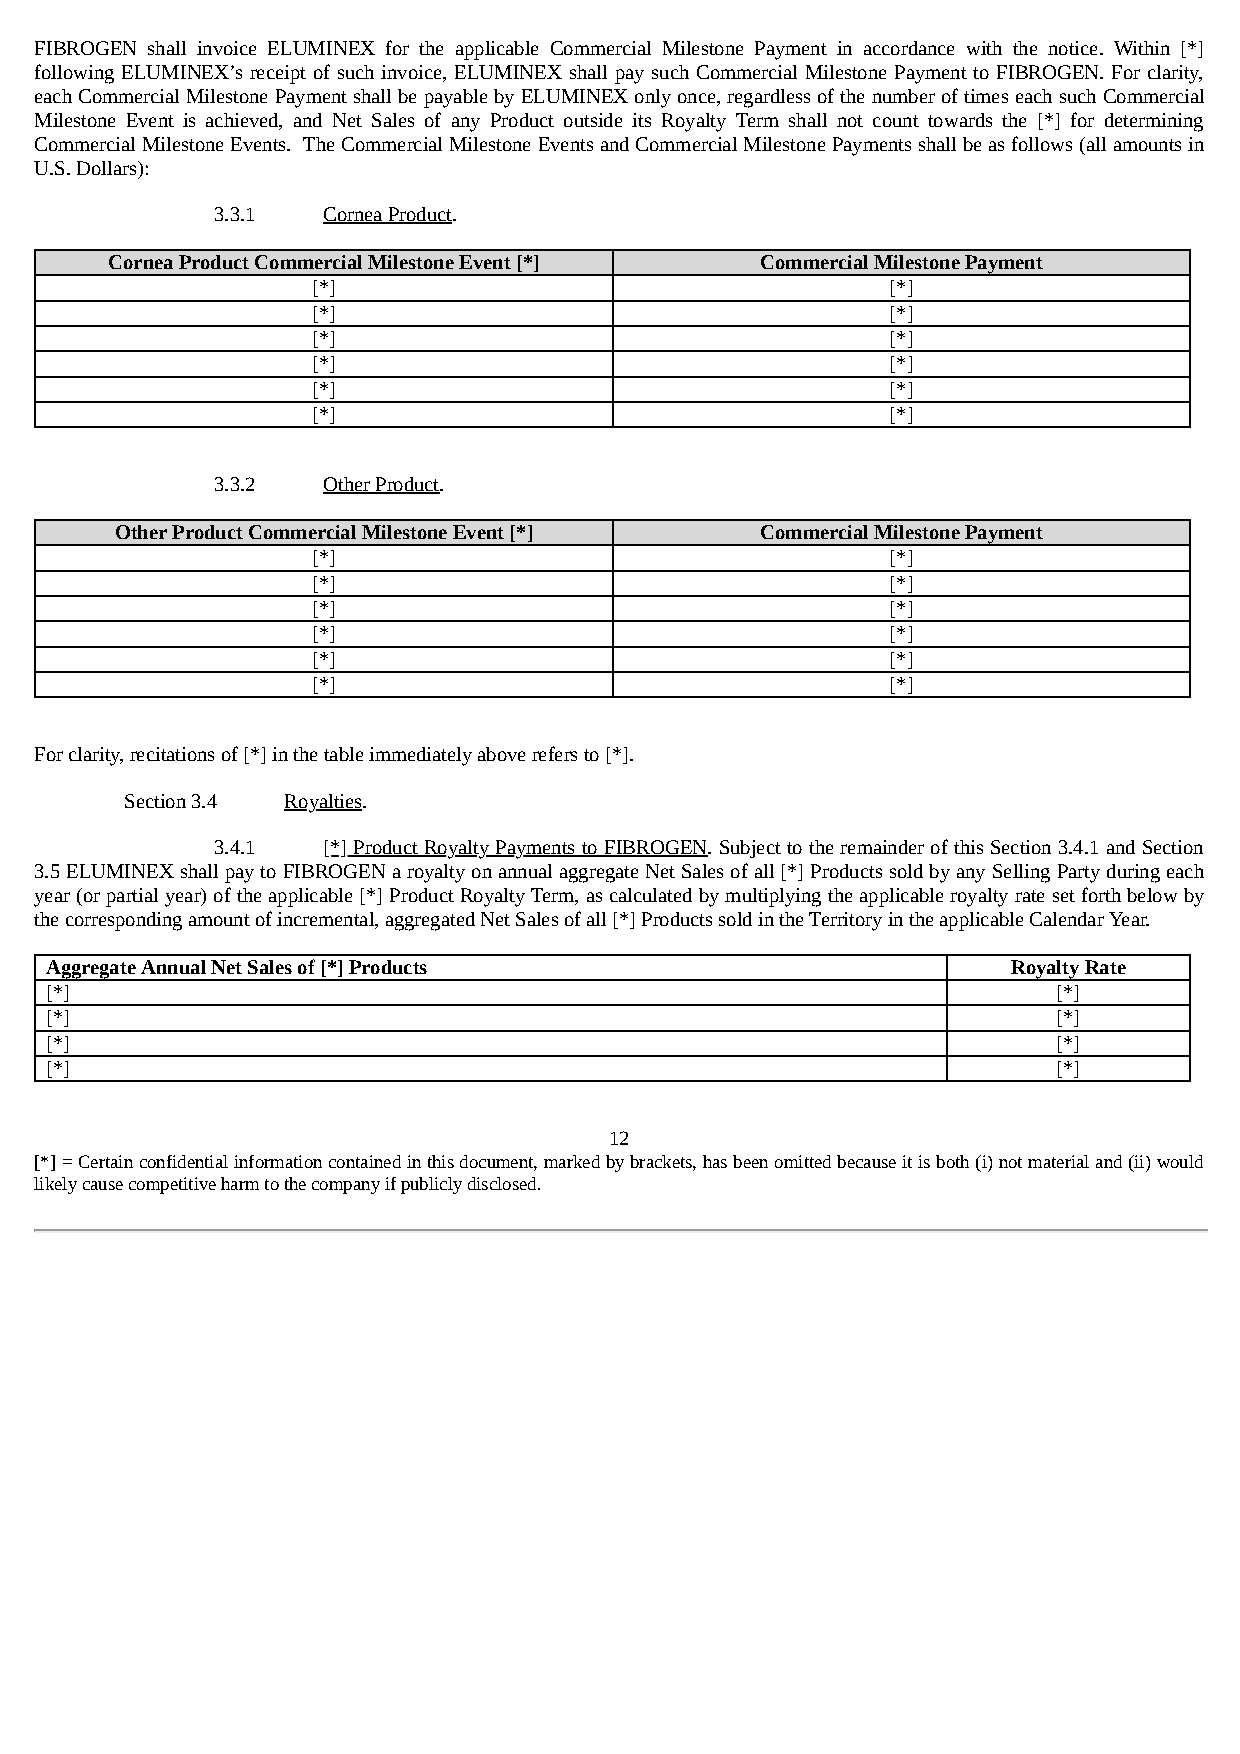
FIBROGEN shall invoice ELUMINEX for the applicable Commercial Milestone Payment in accordance with the notice. Within [*]
 following ELUMINEX’s receipt of such invoice, ELUMINEX shall pay such Commercial Milestone Payment to FIBROGEN. For clarity,
 each Commercial Milestone Payment shall be payable by ELUMINEX only once, regardless of the number of times each such Commercial
 Milestone Event is achieved, and Net Sales of any Product outside its Royalty Term shall not count towards the [*] for determining
 Commercial Milestone Events. The Commercial Milestone Events and Commercial Milestone Payments shall be as follows (all amounts in
 U.S. Dollars):
 3.3.1  Cornea Product.
 Cornea Product Commercial Milestone Event [*] Commercial Milestone Payment
 [*]                                   [*]
 [*]                                   [*]
 [*]                                   [*]
 [*]                                   [*]
 [*]                                   [*]
 [*]                                   [*]
 3.3.2  Other Product.
 Other Product Commercial Milestone Event [*] Commercial Milestone Payment
 [*]                                   [*]
 [*]                                   [*]
 [*]                                   [*]
 [*]                                   [*]
 [*]                                   [*]
 [*]                                   [*]
 For clarity, recitations of [*] in the table immediately above refers to [*].
 Section 3.4 Royalties.
 3.4.1  [*] Product Royalty Payments to FIBROGEN. Subject to the remainder of this Section 3.4.1 and Section
 3.5 ELUMINEX shall pay to FIBROGEN a royalty on annual aggregate Net Sales of all [*] Products sold by any Selling Party during each
 year (or partial year) of the applicable [*] Product Royalty Term, as calculated by multiplying the applicable royalty rate set forth below by
 the corresponding amount of incremental, aggregated Net Sales of all [*] Products sold in the Territory in the applicable Calendar Year.
 Aggregate Annual Net Sales of [*] Products                      Royalty Rate
 [*]                                                                [*]
 [*]                                                                [*]
 [*]                                                                [*]
 [*]                                                                [*]
 12
 [*] = Certain confidential information contained in this document, marked by brackets, has been omitted because it is both (i) not material and (ii) would
 likely cause competitive harm to the company if publicly disclosed.